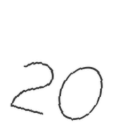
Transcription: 20